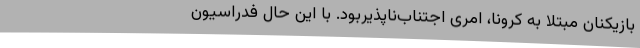
بازیکنان مبتلا به کرونا، امری اجتناب‌ناپذیربود. با این حال فدراسیون